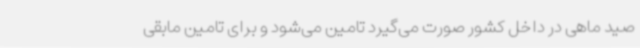
صید ماهی در داخل کشور صورت می‌گیرد تامین می‌شود و برای تامین مابقی